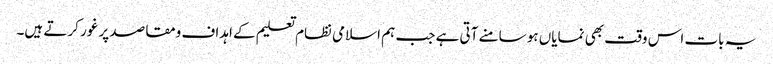
یہ بات اس وقت بھی نمایاں ہو سامنے آتی ہے جب ہم اسلامی نظام تعلیم کے اہداف ومقاصد پر غور کرتے ہیں۔